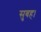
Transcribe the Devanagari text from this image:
सुबह।